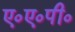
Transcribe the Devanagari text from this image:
ए०ए०पी०